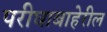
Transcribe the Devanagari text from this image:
परीघाबाहेरील